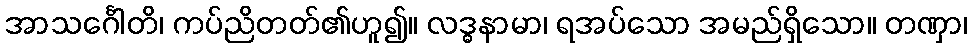
အာသင်္ဂေါတိ၊ ကပ်ညိတတ်၏ဟူ၍။ လဒ္ဓနာမာ၊ ရအပ်သော အမည်ရှိသော။ တဏှာ၊